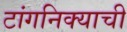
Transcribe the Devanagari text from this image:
टांगनिक्याची